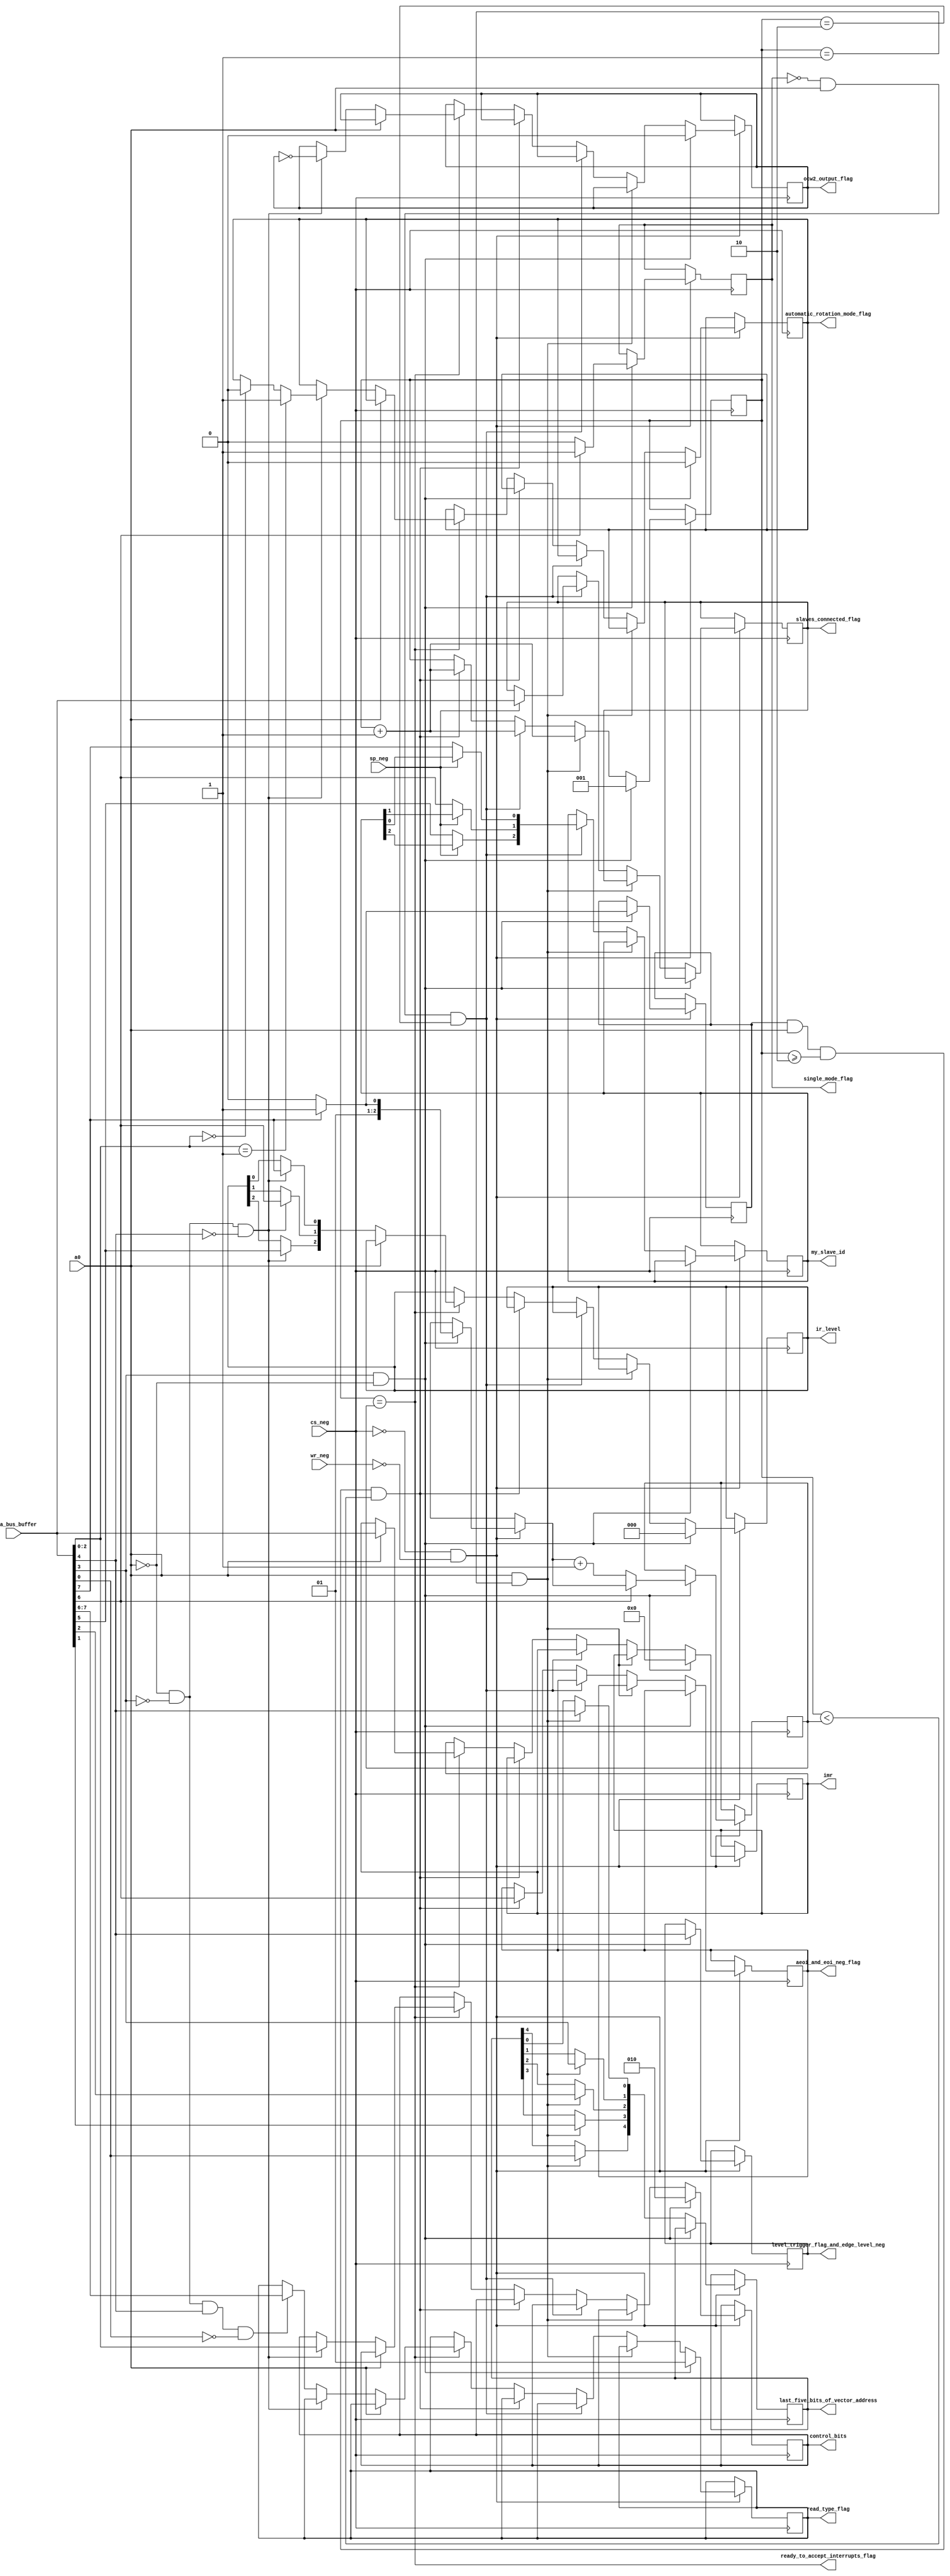
module INIT_AND_CONFIG_CW_HANDLER(
  input [0:7] data_bus_buffer,
  input cs_neg,
  input wr_neg,
  input a0,
  input sp_neg,

  output reg single_mode_flag,
  output reg level_trigger_flag_and_edge_level_neg,
  output reg [0:4] last_five_bits_of_vector_address,
  output reg [0:7] slaves_connected_flag,
  output reg [0:2] my_slave_id,
  output reg aeoi_and_eoi_neg_flag,
  output reg [0:7] imr,

  output reg [0:2] ir_level,
  output reg [0:2] control_bits,
  output reg ocw2_output_flag,  
  output reg automatic_rotation_mode_flag,

  output reg [0:1] read_type_flag,

  output wire ready_to_accept_interrupts_flag
  );
  reg[0:2] icw_counter;
  reg[0:2] icw_taken_max_limit;
  reg icw4_is_needed_flag;

  assign ready_to_accept_interrupts_flag = (icw_counter == icw_taken_max_limit);

  always@(negedge cs_neg) begin

    if (!cs_neg && !wr_neg) begin
      if(data_bus_buffer[4] && !a0) begin //ICW1
      $display("inside icw1");
        ocw2_output_flag=0;
        control_bits=3'b010;
        imr=0;
        read_type_flag=2'b01;
        automatic_rotation_mode_flag=0;
        icw_counter=1;  
        icw_taken_max_limit=2;
        ir_level=0;

        if(data_bus_buffer[0]) begin
          icw_taken_max_limit=icw_taken_max_limit+1;
          icw4_is_needed_flag=1;
        end
        else begin
          icw4_is_needed_flag=0;
        end

        if(data_bus_buffer[1]) begin
          single_mode_flag=1;
        end
        else begin
          single_mode_flag=0;
          icw_taken_max_limit=icw_taken_max_limit+1;
        end

        level_trigger_flag_and_edge_level_neg=data_bus_buffer[3];
      end

      else if(a0 && icw_counter==1)begin //ICW2
      $display("inside icw2");
        last_five_bits_of_vector_address[0]=data_bus_buffer[7];
        last_five_bits_of_vector_address[1]=data_bus_buffer[6];
        last_five_bits_of_vector_address[2]=data_bus_buffer[5];
        last_five_bits_of_vector_address[3]=data_bus_buffer[4];
        last_five_bits_of_vector_address[4]=data_bus_buffer[3];
        icw_counter=icw_counter+1; 
      end

      else if(!single_mode_flag && a0 && icw_counter ==2) begin //ICW3
        $display("inside icw3");
        icw_counter=icw_counter+1; 

        if(sp_neg)begin //if master
          slaves_connected_flag=data_bus_buffer[0:7];
        end

        else begin
          my_slave_id[0]=data_bus_buffer[2];
          my_slave_id[1]=data_bus_buffer[1];
          my_slave_id[2]=data_bus_buffer[0];
        end

      end

      else if (icw4_is_needed_flag && a0 && icw_counter >=2 && icw_counter < icw_taken_max_limit) begin //ICW4
        $display("inside icw4");
       
        aeoi_and_eoi_neg_flag=data_bus_buffer[1];
        icw_counter=icw_counter+1;
      end

      else if(icw_counter==icw_taken_max_limit) begin // ocw
        if(a0) begin // OCW1
          imr=data_bus_buffer;
        end

        else if (!a0 && !data_bus_buffer[4] && !data_bus_buffer[3]) begin // OCW2
          ir_level[0]=data_bus_buffer[2];
          ir_level[1]=data_bus_buffer[1];
          ir_level[2]=data_bus_buffer[0];
          control_bits=data_bus_buffer[5:7];
          ocw2_output_flag=~ocw2_output_flag;
          if(control_bits==1'b001)automatic_rotation_mode_flag=1;
          else if(control_bits==1'b000)automatic_rotation_mode_flag=0;
          
        end

        else if(!a0 && !data_bus_buffer[4] && data_bus_buffer[3] && !data_bus_buffer[7]) begin // OCW3
          read_type_flag=data_bus_buffer[0:1];
        end
      end
    end
  end
endmodule